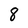
Character: 8